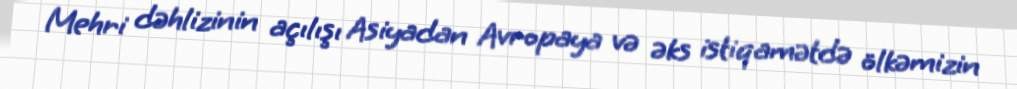
Mehri dəhlizinin açılışı Asiyadan Avropaya və əks istiqamətdə ölkəmizin